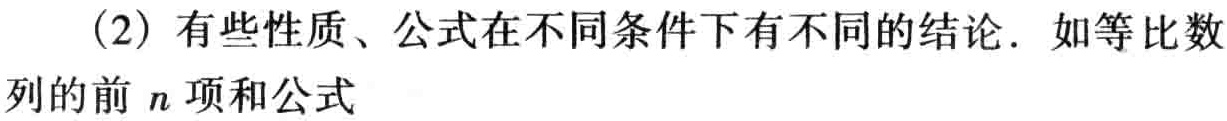
（2）有些性质、公式在不同条件下有不同的结论．如等比数列的前 \(n\) 项和公式